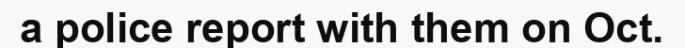
a police report with them on Oct.